Indian journal of veterinary science and animal husbandry - Volume 11,
Year: 1941
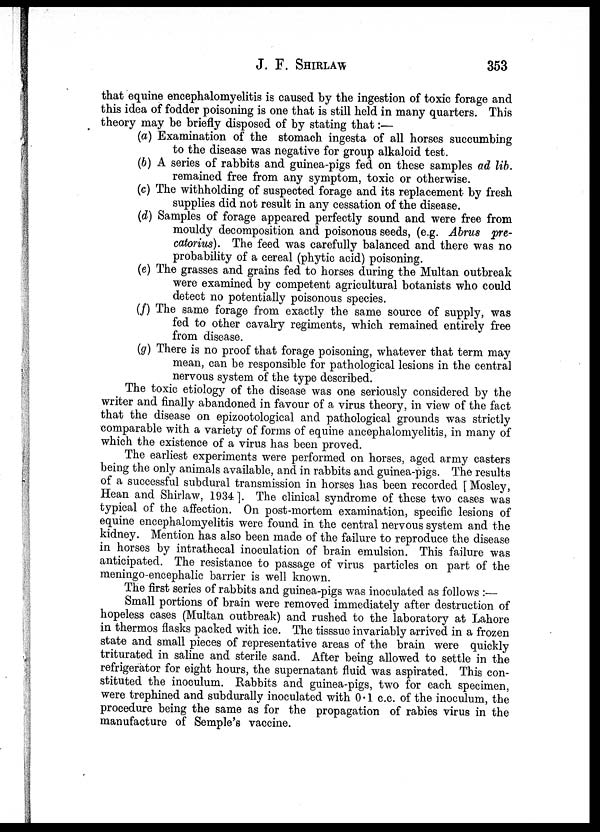
J. F. SHIRLAW 353
that equine encephalomyelitis is caused by the ingestion of toxic forage and
this idea of fodder poisoning is one that is still held in many quarters. This
theory may be briefly disposed of by stating that:—
(a) Examination of the stomach ingesta of all horses succumbing
to the disease was negative for group alkaloid test.
(b) A series of rabbits and guinea-pigs fed on these samples ad lib.
remained free from any symptom, toxic or otherwise.
(c) The withholding of suspected forage and its replacement by fresh
supplies did not result in any cessation of the disease.
(d) Samples of forage appeared perfectly sound and were free from
mouldy decomposition and poisonous seeds, (e.g. Abrus pre-
catorius). The feed was carefully balanced and there was no
probability of a cereal (phytic acid) poisoning.
(e) The grasses and grains fed to horses during the Multan outbreak
were examined by competent agricultural botanists who could
detect no potentially poisonous species.
(f) The same forage from exactly the same source of supply, was
fed to other cavalry regiments, which remained entirely free
from disease.
(g) There is no proof that forage poisoning, whatever that term may
mean, can be responsible for pathological lesions in the central
nervous system of the type described.
The toxic etiology of the disease was one seriously considered by the
writer and finally abandoned in favour of a virus theory, in view of the fact
that the disease on epizootological and pathological grounds was strictly
comparable with a variety of forms of equine ancephalomyelitis, in many of
which the existence of a virus has been proved.
The earliest experiments were performed on horses, aged army casters
being the only animals available, and in rabbits and guinea-pigs. The results
of a successful subdural transmission in horses has been recorded [ Mosley,
Hean and Shirlaw, 1934]. The clinical syndrome of these two cases was
typical of the affection. On post-mortem examination, specific lesions of
equine encephalomyelitis were found in the central nervous system and the
kidney. Mention has also been made of the failure to reproduce the disease
in horses by intrathecal inoculation of brain emulsion. This failure was
anticipated. The resistance to passage of virus particles on part of the
meningo-encephalic barrier is well known.
The first series of rabbits and guinea-pigs was inoculated as follows :—
Small portions of brain were removed immediately after destruction of
hopeless cases (Multan outbreak) and rushed to the laboratory at Lahore
in thermos flasks packed with ice. The tisssue invariably arrived in a frozen
state and small pieces of representative areas of the brain were quickly
triturated in saline and sterile sand. After being allowed to settle in the
refrigerator for eight hours, the supernatant fluid was aspirated. This con-
stituted the inoculum. Rabbits and guinea-pigs, two for each specimen,
were trephined and subdurally inoculated with 0.1 c.c. of the inoculum, the
procedure being the same as for the propagation of rabies virus in the
manufacture of Semple's vaccine.